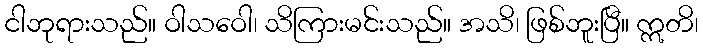
ငါဘုရားသည်။ ဝါသဝေါ၊ သိကြားမင်းသည်။ အသိ၊ ဖြစ်ဘူးပြီ။ ဣတိ၊